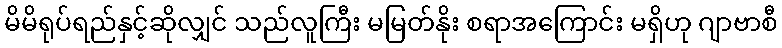
မိမိရုပ်ရည်နှင့်ဆိုလျှင် သည်လူကြီး မမြတ်နိုး စရာအကြောင်း မရှိဟု ဂျာဗာစီ